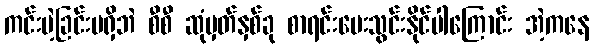
ကင်းမဲ့ခြင်းမရှိဘဲ စီစီ ဆုံမှတ်နှစ်ခု စာရင်းပေးသွင်းနိုင်ပါကြောင်း အဲ့ကနေ